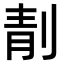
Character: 𠝜